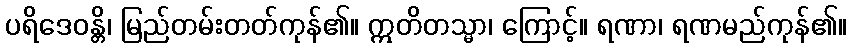
ပရိဒေဝန္တိ၊ မြည်တမ်းတတ်ကုန်၏။ ဣတိတသ္မာ၊ ကြောင့်။ ရဏာ၊ ရဏမည်ကုန်၏။